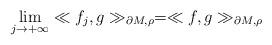
LaTeX: \begin{align*}\lim_{j\rightarrow+\infty}\ll f_j,g\gg_{\partial M,\rho}=\ll f,g\gg_{\partial M,\rho}\end{align*}